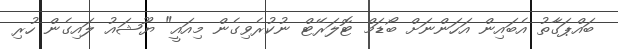
ބައްޕަގާތު އެބައިން އަހަންނަށް ބޯޑަމް ޓޮލަރޭޓް ނުކުރެވިގެން މިއައީ" ޔޫޝައު ލައިގެން ހުރި